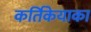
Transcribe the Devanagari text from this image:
कर्तिकेयाका